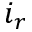
i _ { r }